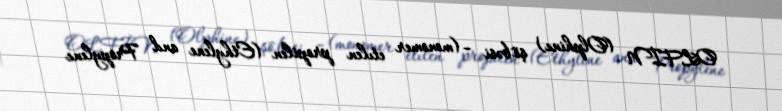
OLFİN (Olphine) şö`bəsi –(monomer etılen propilen (Ethylene and Propylene